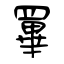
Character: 罼